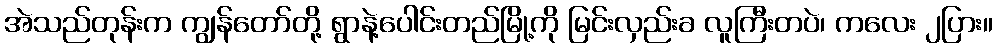
အဲသည်တုန်းက ကျွန်တော်တို့ ရွာနဲ့ပေါင်းတည်မြို့ကို မြင်းလှည်းခ လူကြီးတပဲ၊ ကလေး ၂ပြား။